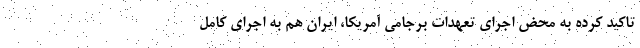
تاکید کرده به محض اجرای تعهدات برجامی آمریکا، ایران هم به اجرای کامل